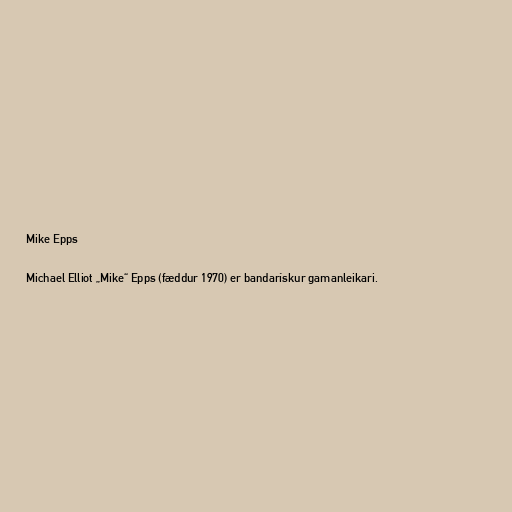
Mike Epps

Michael Elliot „Mike“ Epps (fæddur 1970) er bandarískur gamanleikari.